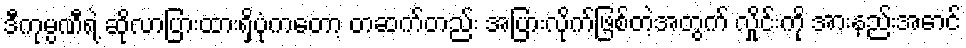
ဒီကုမ္ပဏီရဲ့ ဆိုလာပြားထားရှိပုံကတော့ တဆက်တည်း အပြားလိုက်ဖြစ်တဲ့အတွက် လှိုင်းကို အားနည်းအောင်